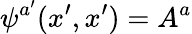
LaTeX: \psi^{a^{\prime}}(x^{\prime},x^{\prime})=A^{a}